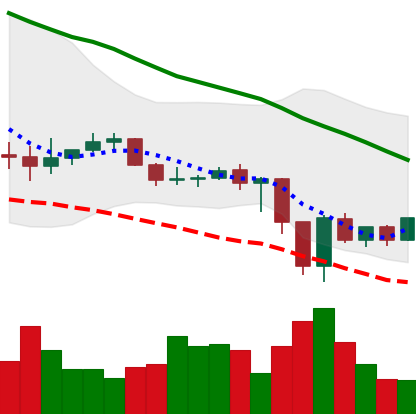
Ticker: ADA-USD
Chart end date: 2019-12-22
Forward return: -3.963%
Label: down_3_5